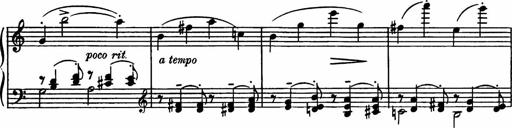
Title: Sonatilla
Composer: Mortimer Wilson
Key: C major